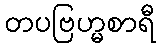
တပဗြဟ္မစာရီ